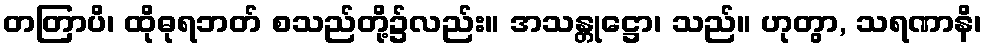
တတြာပိ၊ ထိုဓုရဘတ် စသည်တို့၌လည်း။ အသန္တုဋ္ဌော၊ သည်။ ဟုတွာ, သရဏာနိ၊